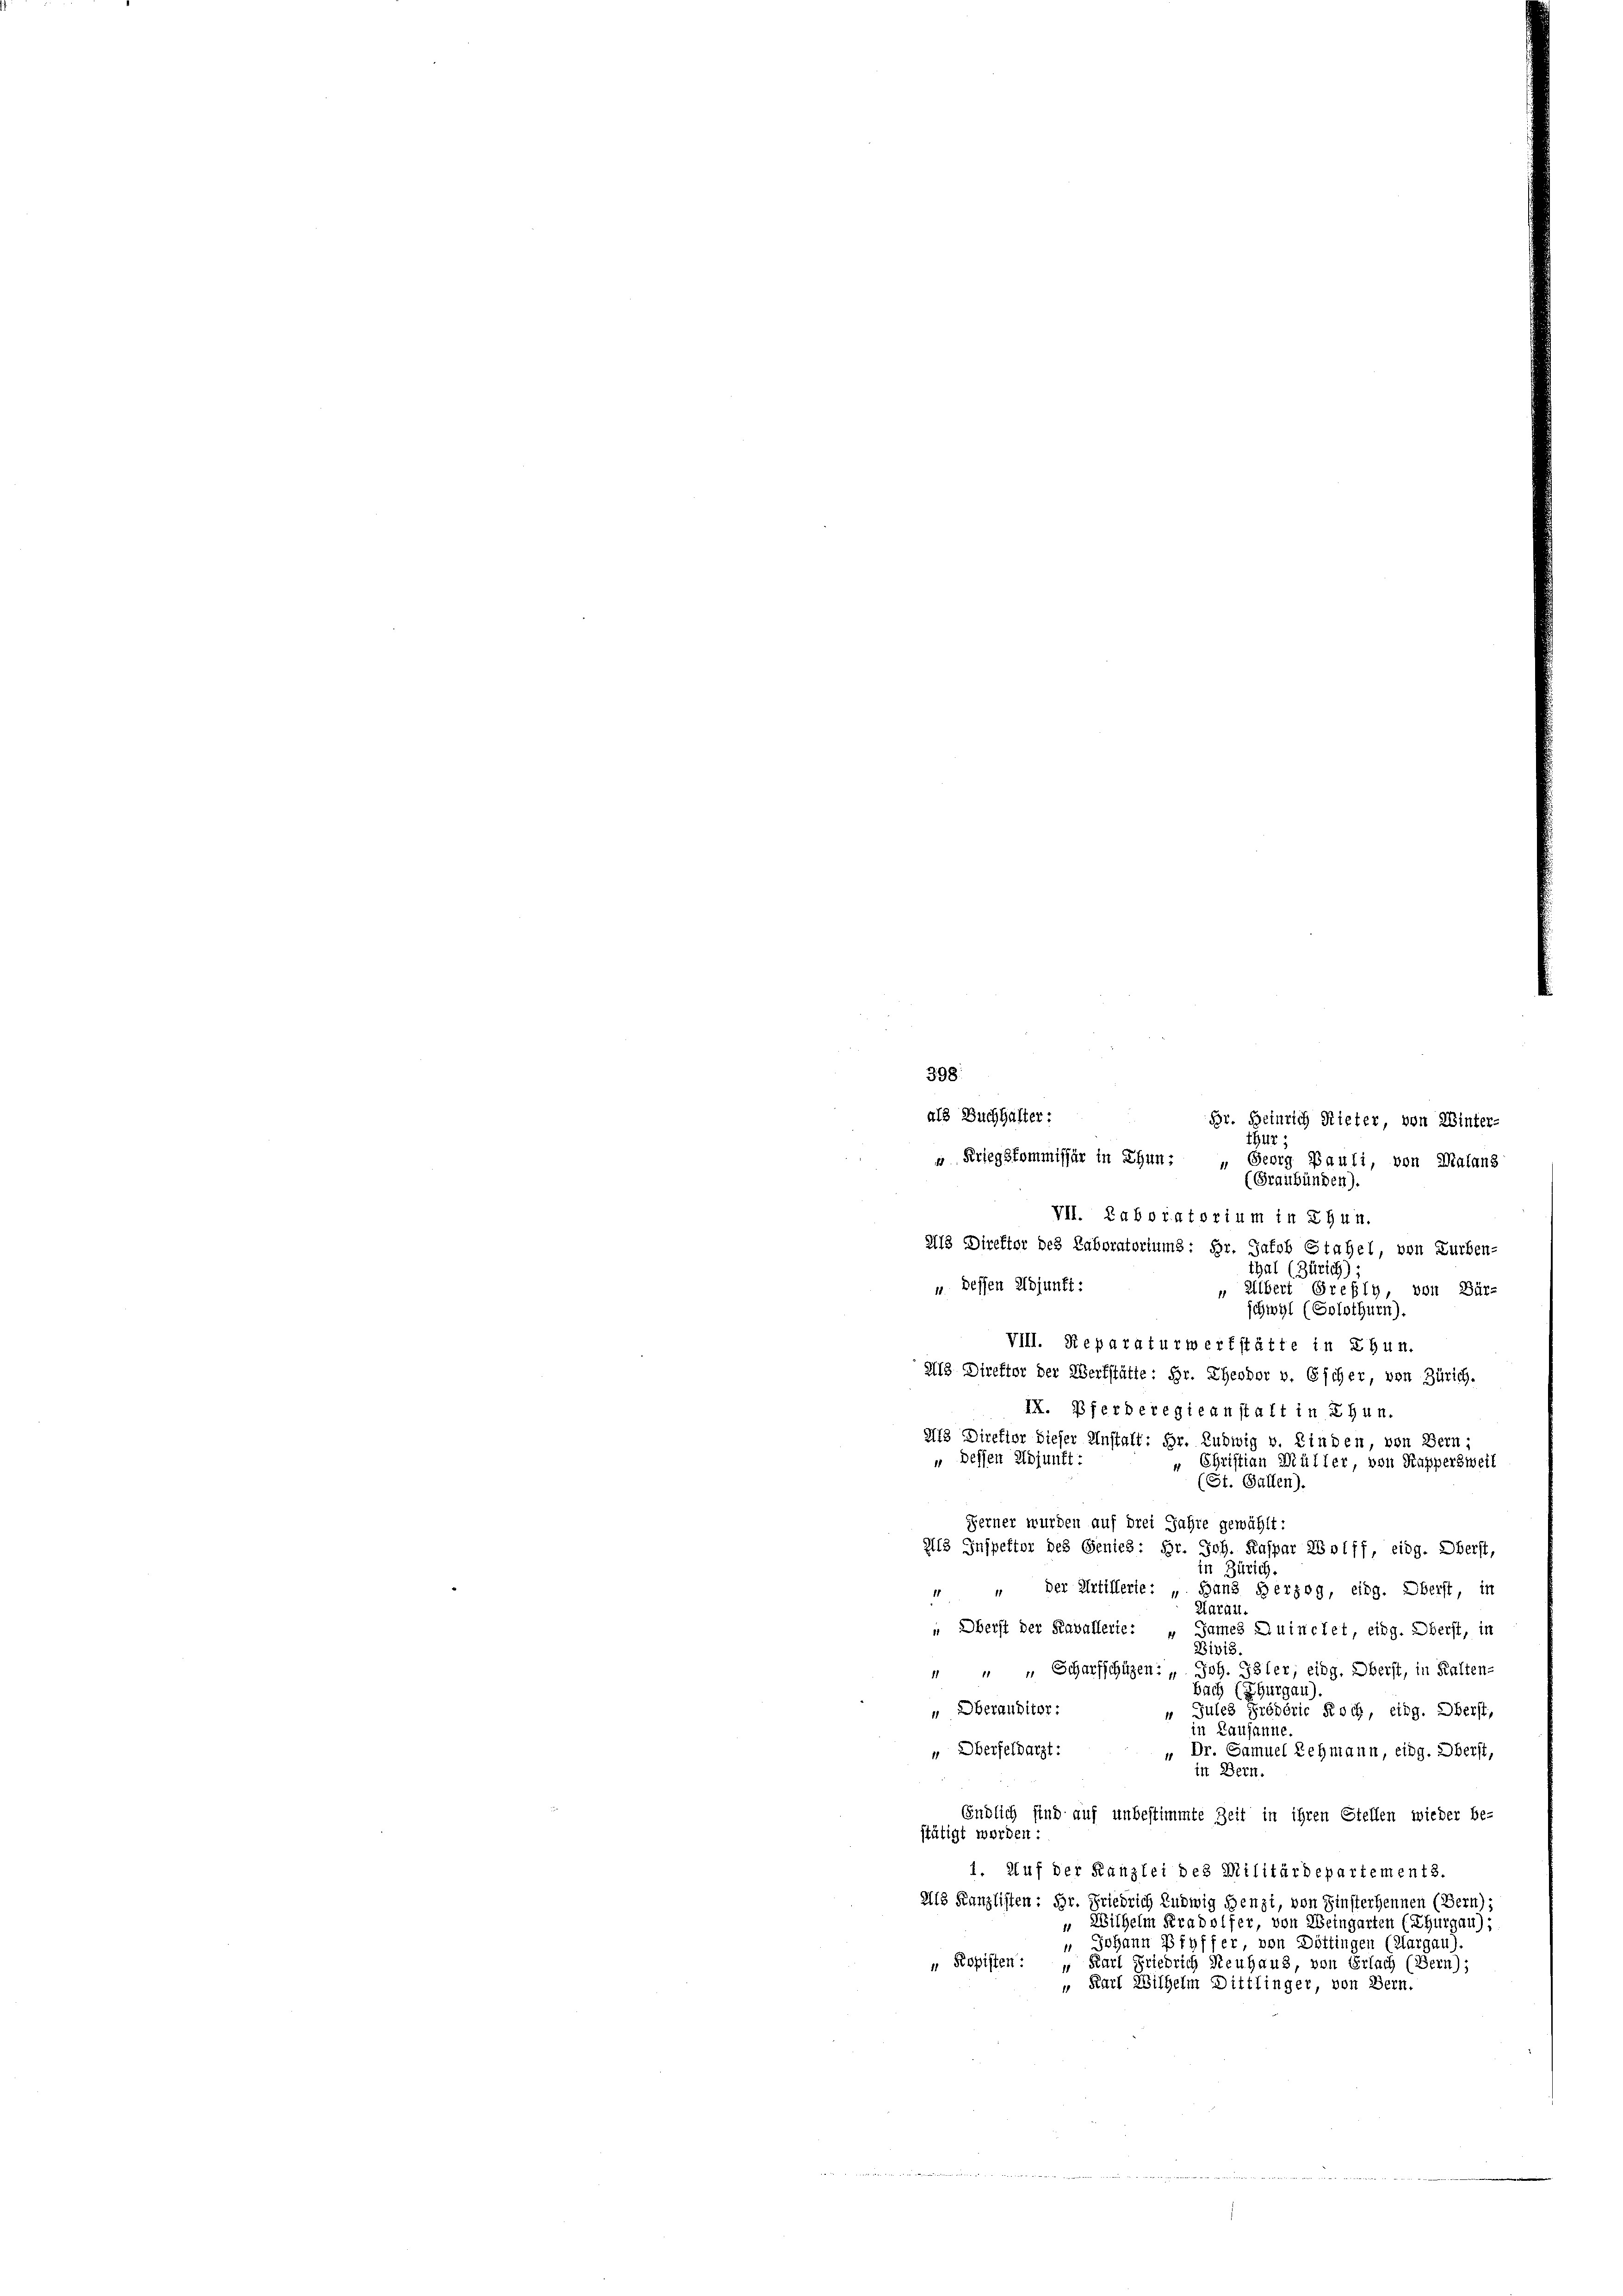
398.
als Buchhalter: Hr. Heinrich Rieter, von Winter-
447;
u Kriegskommissär in Thun: „Georg Bauli, von Malans
(Graubünden).
VII. Laboratorium in Chun.
A13 Direktor des Laboratortums: Hr. Jakob Stahel, von Zurben-
thal (Zürich) ;
 Dessen Adjunft:
„ Albert Grefly, von Bür-
schwyl (Solothurn).
VIII. Reparaturwerkstätte in Ehun.
Als Direktor der Werkstätte: Hr. Theodor v. Escher, von Zürich.
IX. Pferberegieanstalt in Thun.
Als Direktor dieser Anstalt: Hr. Ludwig v. Kinden, von Bern;
" dessen Adjunft:
" Christian Müller, von Kappersweil
(St. Gallen).
Ferner wurden auf drei Jahre gewählt:
23 Inspektor des Genies: Hr. Joh. Kaspar 281 ff, eidg. Oberst,
in Zürich.
" " der Artillerie: „Hans Herzog, eidg. Oberst, in
Aarau.
" Oberst der Kavallerie: „James Quinclet, eidg. Oberst, in
Divis.
 " " Scharfschüzen: „ Joh. Galer; eidg. Oberst, in Kalten-
bach (Thurgau).
" Oberauditor:
Gules Prévéric Roch, eidg. Oberst,
in Lausanne.
" Oberfeldarzt:
" Dr. Samuel Lehmann, eing. Oberst,
in Bern.
Endlich sind auf unbestimmte Zeit in ihren Stellen wieder be-
stätigt worden:
1. Auf der Kanzlei des Militärdepartements.
Als Kanzlisten: Hr. Friedrich Ludwig Henzi, von Einsterhennen (Bern):
 Wilhelm Kradolfer, von Weingarten (Thurgau):
 Johann Pfyffer, von Döttingen (Aargau)
 Kopisten: „Karl Friedrich Neuhaus, von Erlach (Bern);
" Karl Wilhelm Dittlinger, von Bern.